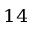
^ { 1 4 }